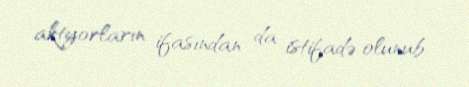
aktyorların ifasından da istifadə olunub.